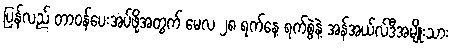
ပြန်လည် တာဝန်ပေးအပ်ဖို့အတွက် မေလ ၂၈ ရက်နေ့ ရက်စွဲနဲ့ အန်အယ်လ်ဒီအမျိုးသား